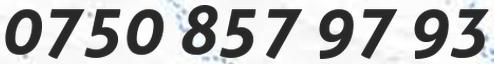
0750 857 97 93